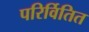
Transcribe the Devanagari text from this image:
परिर्वितित